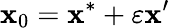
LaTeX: \mathbf x_{0}=\mathbf x^{*}+\varepsilon\mathbf x^{\prime}